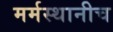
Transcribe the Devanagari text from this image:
मर्मस्थानीच